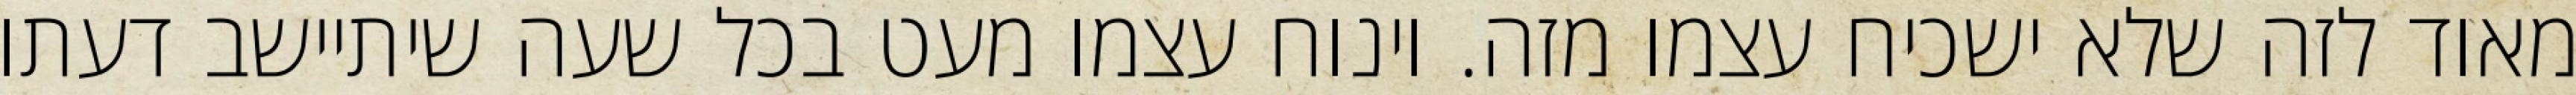
מאוד לזה שלא ישכיח עצמו מזה. וינוח עצמו מעט בכל שעה שיתיישב דעתו